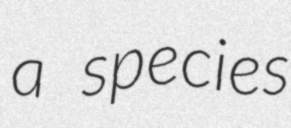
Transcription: a species